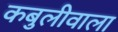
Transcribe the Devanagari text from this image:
कबुलीवाला